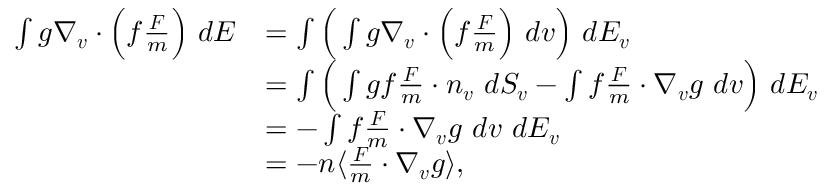
\begin{array} { r l } { \int g \nabla _ { \boldsymbol { v } } \cdot \Big ( f \frac { \boldsymbol { F } } { m } \Big ) \ d E } & { = \int \Big ( \int g \nabla _ { \boldsymbol { v } } \cdot \Big ( f \frac { \boldsymbol { F } } { m } \Big ) \ d \boldsymbol { v } \Big ) \ d E _ { \boldsymbol { v } } } \\ & { = \int \Big ( \int g f \frac { \boldsymbol { F } } { m } \cdot \boldsymbol { n } _ { \boldsymbol { v } } \ d S _ { \boldsymbol { v } } - \int f \frac { \boldsymbol { F } } { m } \cdot \nabla _ { \boldsymbol { v } } g \ d \boldsymbol { v } \Big ) \ d E _ { \boldsymbol { v } } } \\ & { = - \int f \frac { \boldsymbol { F } } { m } \cdot \nabla _ { \boldsymbol { v } } g \ d \boldsymbol { v } \ d E _ { \boldsymbol { v } } } \\ & { = - n \langle \frac { \boldsymbol { F } } { m } \cdot \nabla _ { \boldsymbol { v } } g \rangle , } \end{array}